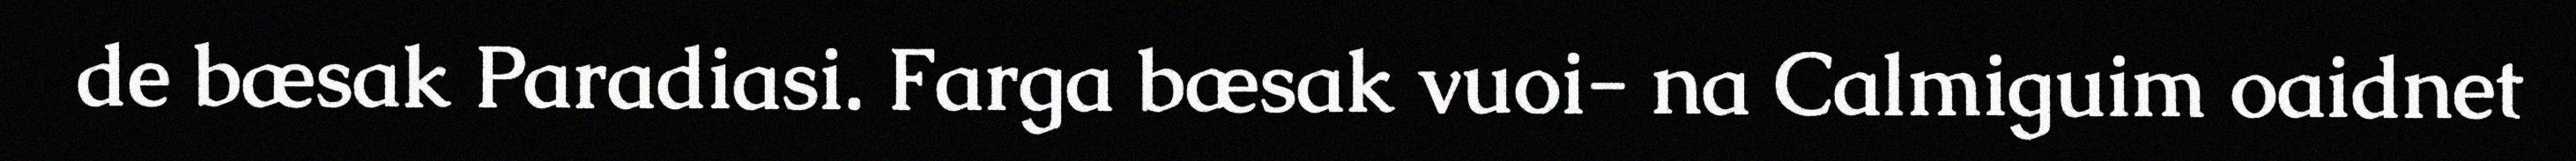
de bæsak Paradiasi. Farga bæsak vuoi- na Calmiguim oaidnet